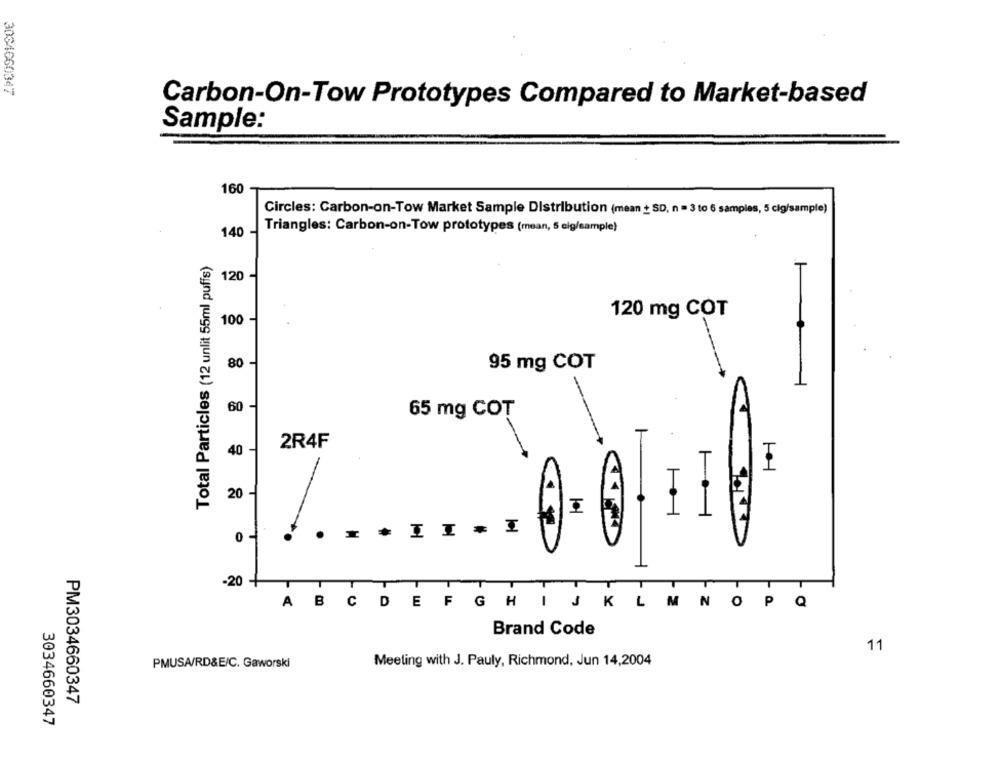
3064660347
Carbon-On-Tow Prototypes Compared to Market-based
Sample:
160
Circles: Carbon-on-Tow Market Sample Distribution (mean + SD, n = 3 to 6 samples, 5 cig/sample)
Triangles: Carbon-on-Tow prototypes (mean, 5 cig/sample)
140 -
Total Particles (12 unlit 55ml puffs)
120 -
120 mg COT
100 -
80 -
95 mg COT
60 -
65 mg COT
40 -
2R4F
20-
1
I
I
0 -
.
-20
T
T
T
T
T
T
T
T
MN
O
P
A B
C
D
EFGHI JK
L
Q
Brand Code
11
Meeting with J. Pauly, Richmond, Jun 14,2004
PMUSA/RD&E/C. Gaworski
PM3034660347
3034660347